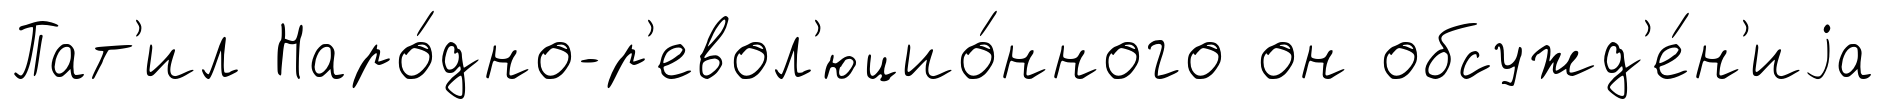
Пат'ил Наро́дно-р'евол'юцио́нного он обсужд'е́н'иjа